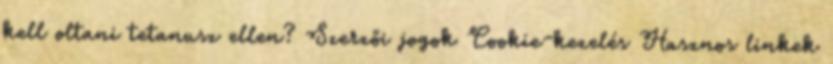
kell oltani tetanusz ellen? Szerzői jogok Cookie-kezelés Hasznos linkek